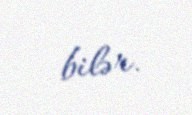
bilər.